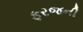
ફરજની